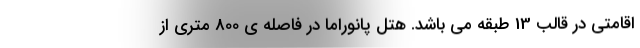
اقامتی در قالب 13 طبقه می باشد. هتل پانوراما در فاصله ی 800 متری از